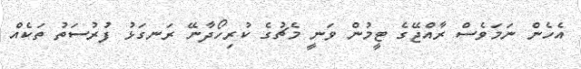
އެހެން ނަމަވެސް ރާއްޖޭގެ ޓީމުން ވަނީ މެޗުގެ ކުރިހޯދާނޭ ރަނގަޅު ފުރުސަތު ތަކެއް